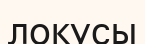
локусы